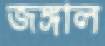
জঙ্গাল